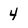
Character: 4